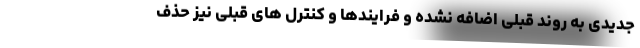
جدیدی به روند قبلی اضافه نشده و فرایندها و کنترل های قبلی نیز حذف